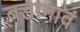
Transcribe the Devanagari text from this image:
बडागावं